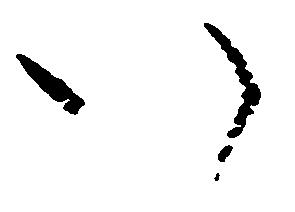
八